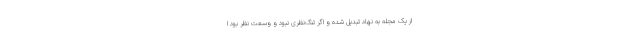
از یک مجله به نهاد تبدیل شده و اگر تنگ‌نظری نبود و وسعت نظر بود ا